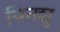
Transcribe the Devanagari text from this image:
यिनशु